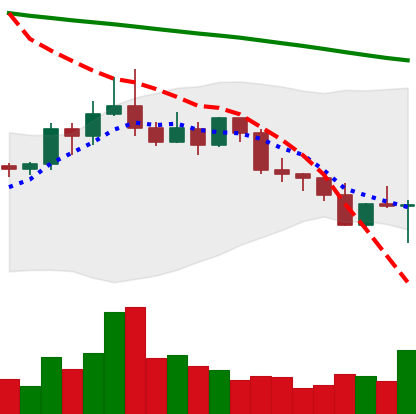
Ticker: ETC-USD
Chart end date: 2022-02-24
Forward return: 14.024%
Label: up_7plus